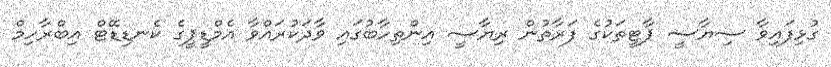
ގުޅިފައިވާ ސިޔާސީ ޕާޓީތަކުގެ ފަރާތުން ރިޔާސީ އިންތިހާބުގައި ވާދަކުރައްވާ އެމްޑީޕީގެ ކެނޑިޑޭޓް އިބްރާހިމް